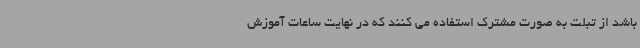
باشد از تبلت به صورت مشترک استفاده می کنند که در نهایت ساعات آموزش